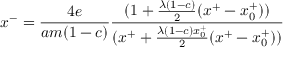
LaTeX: x ^ { - } = { \frac { 4 e } { a m ( 1 - c ) } } { \frac { ( 1 + { \frac { \lambda ( 1 - c ) } { 2 } } ( x ^ { + } - x _ { 0 } ^ { + } ) ) } { ( x ^ { + } + { \frac { \lambda ( 1 - c ) x _ { 0 } ^ { + } } { 2 } } ( x ^ { + } - x _ { 0 } ^ { + } ) ) } }